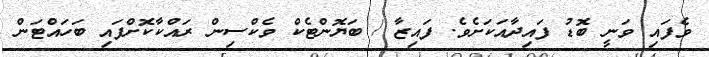
ވެފައި ވަނީ ބޮޑު ފައިދާއަކަށެވެ. ފައިޒާ / ބަޔޮންޓެކް ވެކްސިން ރައްކާކޮށްފައި ބަހައްޓަން